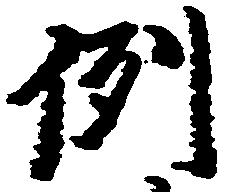
例